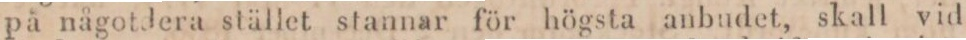
på någotdera stället stannar för högsta anbudet, skall vid